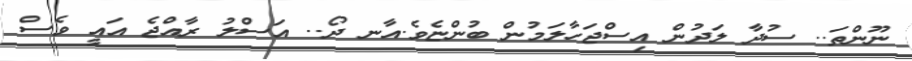
ނޫންތަ.. ސުދާ ލަދުން އިސްޖަހާލަމުން ބުންޏެވެ.އާނ ދޯ.. އަސްލު ރާއްޖެ އައީ ވެސް